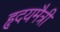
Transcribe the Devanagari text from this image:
हृदयमैत्री